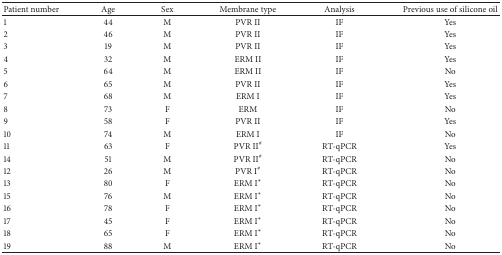
<table><thead><tr><td><b>Patient number</b></td><td><b>Age</b></td><td><b>Sex</b></td><td><b>Membrane type</b></td><td><b>Analysis</b></td><td><b>Previous use of silicone oil</b></td></tr></thead><tbody><tr><td>1</td><td>44</td><td>M</td><td>PVR II</td><td>IF</td><td>Yes</td></tr><tr><td>2</td><td>46</td><td>M</td><td>PVR II</td><td>IF</td><td>Yes</td></tr><tr><td>3</td><td>19</td><td>M</td><td>PVR II</td><td>IF</td><td>Yes</td></tr><tr><td>4</td><td>32</td><td>M</td><td>ERM II</td><td>IF</td><td>Yes</td></tr><tr><td>5</td><td>64</td><td>M</td><td>ERM II</td><td>IF</td><td>No</td></tr><tr><td>6</td><td>65</td><td>M</td><td>PVR II</td><td>IF</td><td>Yes</td></tr><tr><td>7</td><td>68</td><td>M</td><td>ERM I</td><td>IF</td><td>Yes</td></tr><tr><td>8</td><td>73</td><td>F</td><td>ERM</td><td>IF</td><td>No</td></tr><tr><td>9</td><td>58</td><td>F</td><td>PVR II</td><td>IF</td><td>Yes</td></tr><tr><td>10</td><td>74</td><td>M</td><td>ERM I</td><td>IF</td><td>No</td></tr><tr><td>11</td><td>63</td><td>F</td><td>PVR II<sup>#</sup></td><td>RT-qPCR</td><td>Yes</td></tr><tr><td>14</td><td>51</td><td>M</td><td>PVR II<sup>#</sup></td><td>RT-qPCR</td><td>No</td></tr><tr><td>12</td><td>26</td><td>M</td><td>PVR I<sup>#</sup></td><td>RT-qPCR</td><td>No</td></tr><tr><td>13</td><td>80</td><td>F</td><td>ERM I*</td><td>RT-qPCR</td><td>No</td></tr><tr><td>15</td><td>76</td><td>M</td><td>ERM I*</td><td>RT-qPCR</td><td>No</td></tr><tr><td>16</td><td>78</td><td>F</td><td>ERM I*</td><td>RT-qPCR</td><td>No</td></tr><tr><td>17</td><td>45</td><td>F</td><td>ERM I*</td><td>RT-qPCR</td><td>No</td></tr><tr><td>18</td><td>65</td><td>F</td><td>ERM I*</td><td>RT-qPCR</td><td>No</td></tr><tr><td>19</td><td>88</td><td>M</td><td>ERM I*</td><td>RT-qPCR</td><td>No</td></tr></tbody></table>